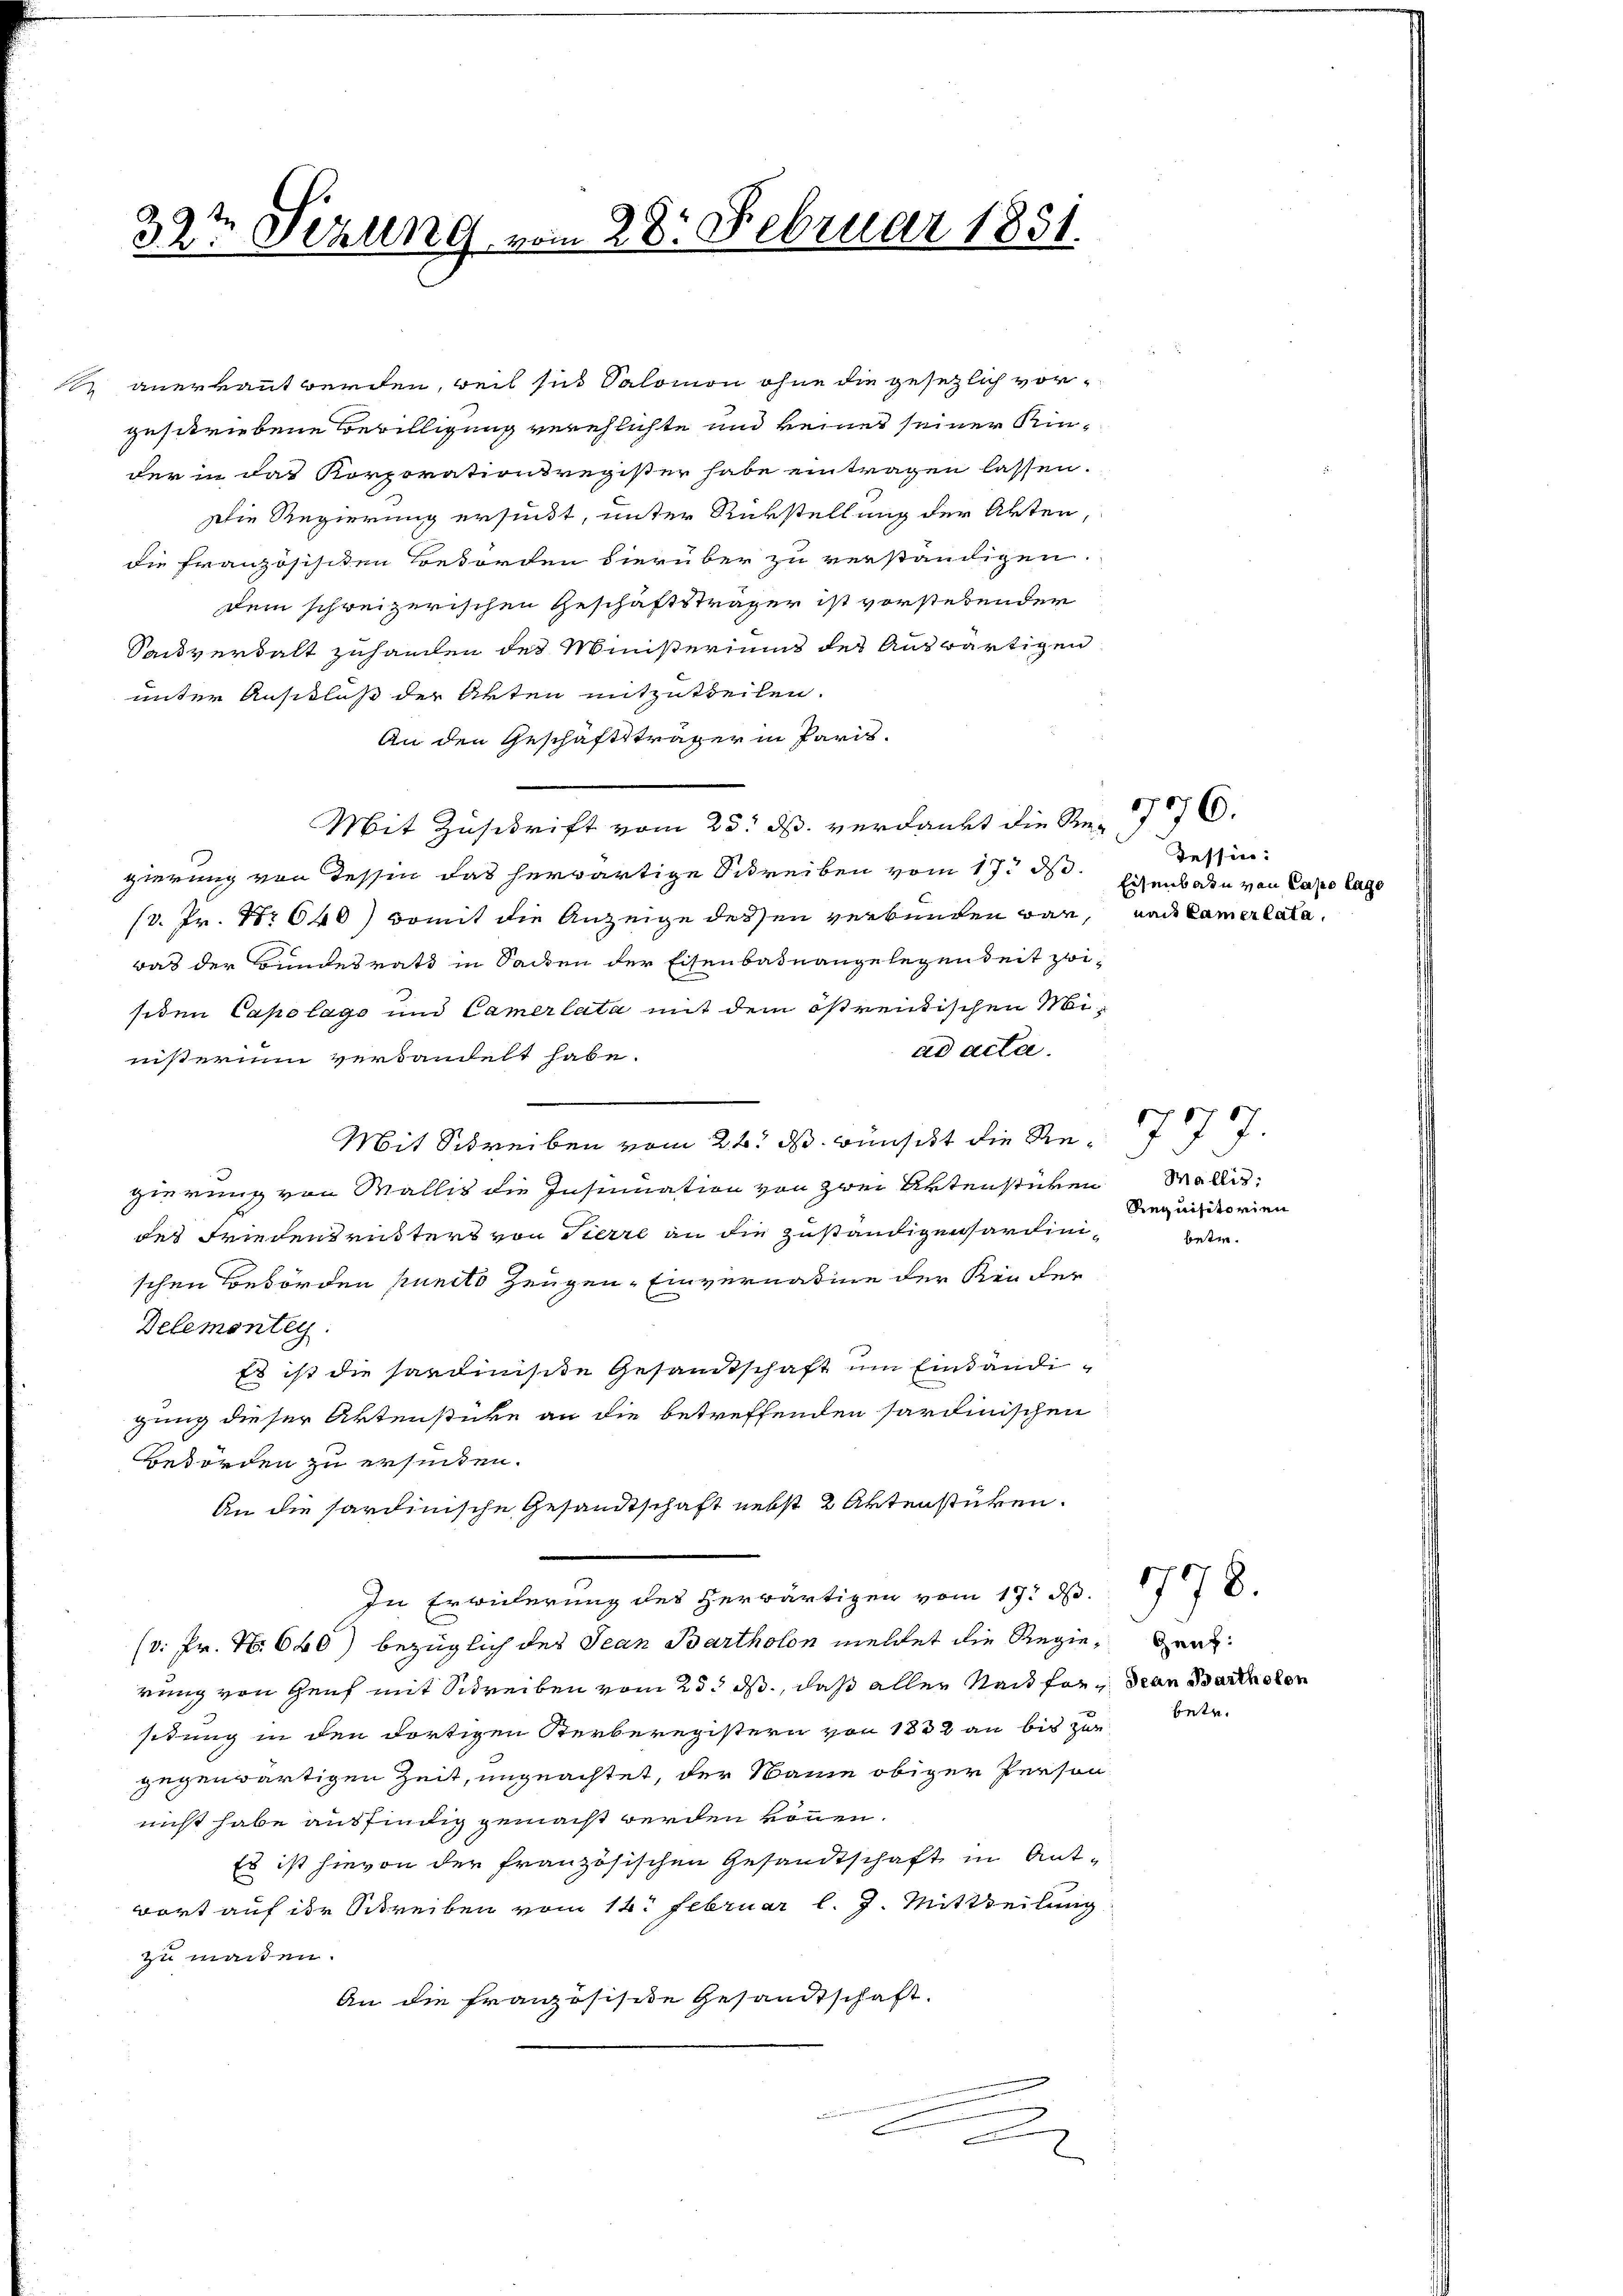
32te Serung vom 28. Februar 1851.
6

anerkaut werden, weil sich Salomon ohne die gesetzlich vorgeschriebene Bewilligung verehlichte und keines seiner Kinder in das Korporationsregister habe eintragen lassen.
Die Regierung ersucht, unter Rückstellung der Akten,
die französischen Behörden hierüber zu verständigen.
dem schreizerischen Geschäftsträger ist vorstehender
Sauvertalt zuhanden des Ministeriums des Auswärtigen
unter Anschluß der Akten mitzutheilen.
An den Geschäftsträger in Paris.
Mit Zuschrift vom 25. d. verdankt die Re- 1776.
gierung von Tessin das herwärtige Schreiben vom 17. d.
(8. Fr. Nr. 640) womit die Anzeige dessen verbunden war, und Camer lata,
was der Bundesrath in Sacken der Eisenbadnangelegenheit zwisiten Capolage und Camerlata mit dem östrentischen Miad acta.
nisterium verdandelt habe.
Mit Schreiben vom 24. ds. wünscht die Re
gierung von Wallis die Insinuation von zwei Artenstücken Wallis,
des Friedensrüsters von Tierre an die Zuständigensardinischen Behörden puncto Zeugen, Einvernatine der Kinder
Delemonteg
Es ist die sardinste Gesandtschaft um Einständigung dieser Aktenstücke an die betreffenden sardinischen
Betorden zu ersiden.
An die sardinische Gesandtschaft nebst 2 Aktenstücken.
In Erwiederung des herwärtigen vom 17. d.
(v. Fr. N. 640) bezüglich des Jean Bartholon meldet die Regien Graz
rung von Genf mit Schreiben vom 25. ds., daß aller Nach für dran Bartholen
situng in den dortigen Kerberegistern von 1882 an bis zur
gegenwärtigen Zeit, ungeachtet, der Name obiger Person
nicht habe ausfindig gemacht werden können.
Es ist hievon der französischen Gesandtschaft in Antwort auf der Schreiben vom 14t Februar l. J. Mittheilung
zu machen.
An die französisite Gesandtschaft.
e
¬

Tessin:
Eisenbarn von Capo lage

Riequisitorien

betr.

betr.

1778.